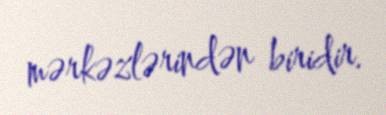
mərkəzlərindən biridir.